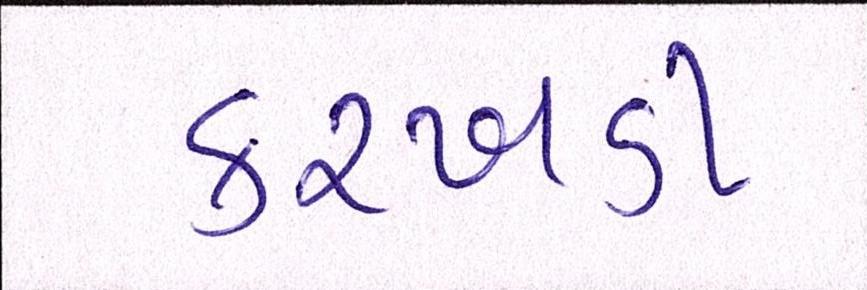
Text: કરખડી